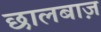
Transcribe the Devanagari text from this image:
छालबाज़